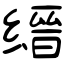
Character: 缙